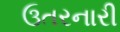
ઉતરનારી